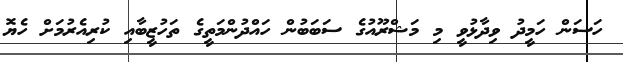
ހަސަން ހަމީދު ވިދާޅުވީ މި މަޝްރޫއުގެ ސަބަބުން ހައްދުންމަތީގެ ތަހުޒީބާއި ކުރިއެރުމަށް ހެޔޮ